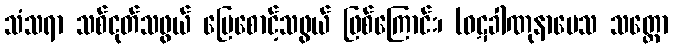
သံသရာ သစ်ငုတ်သဖွယ် မြေစောင့်သဖွယ် ဖြစ်ကြောင်း၊ (ဝဋခါဏုနာမေသ သတ္တော